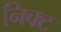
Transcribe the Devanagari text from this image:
निक्ट